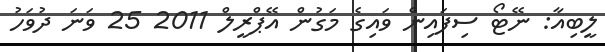
ލީބިއާ: ނޭޓޯ ސިފައިން ވައިގެ މަގުން އޭޕްރީލް 2011 25 ވަނަ ދުވަހު